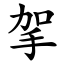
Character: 㧝